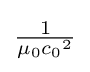
{\begin{matrix}{\frac {1}{\mu _{0}{c_{0}}^{2}}}\end{matrix}}